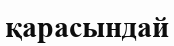
қарасындай